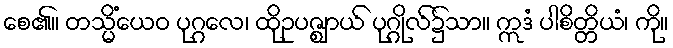
စေ၏။ တသ္မိံယေဝ ပုဂ္ဂလေ၊ ထိုဥပဇ္ဈာယ် ပုဂ္ဂိုလ်၌သာ။ ဣဒံ ပါစိတ္တိယံ၊ ကို။